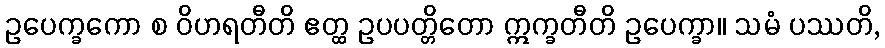
ဥပေက္ခကော စ ဝိဟရတီတိ ဧတ္ထ ဥပပတ္တိတော ဣက္ခတီတိ ဥပေက္ခာ။ သမံ ပဿတိ,